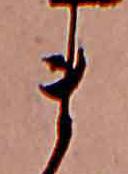
ま